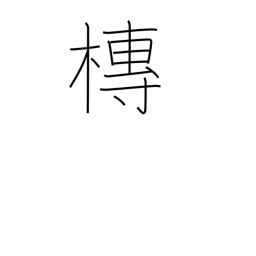
Meaning: hearse